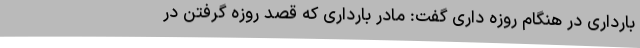
بارداری در هنگام روزه داری گفت: مادر بارداری که قصد روزه گرفتن در